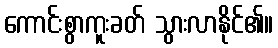
ကောင်းစွာကူးခတ် သွားလာနိုင်၏။